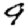
Digit: 9